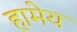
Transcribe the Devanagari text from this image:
हामेय